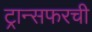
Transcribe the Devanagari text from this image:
ट्रान्सफरची